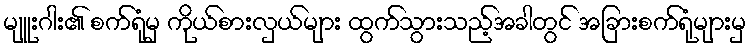
မျူးဂါး၏ စက်ရုံမှ ကိုယ်စားလှယ်များ ထွက်သွားသည့်အခါတွင် အခြားစက်ရုံများမှ